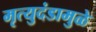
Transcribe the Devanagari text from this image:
मृत्युदंडामुळे